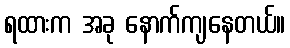
ရထားက အခု နောက်ကျနေတယ်။